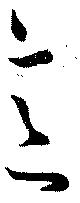
意